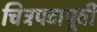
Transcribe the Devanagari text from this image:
चित्रपटापूर्वी